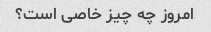
امروز چه چیز خاصی است؟